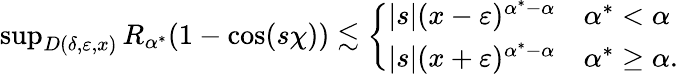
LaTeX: \begin{array}{r}{\operatorname*{sup}_{D(\delta,{\varepsilon},x)}R_{\alpha^{*}}(1-\cos(s\chi))\lesssim\left\{ \begin{array}{ll}{|s|(x-{\varepsilon})^{\alpha^{*}-\alpha}}&{\alpha^{*}<\alpha}\\ {|s|(x+{\varepsilon})^{\alpha^{*}-\alpha}}&{\alpha^{*}\geq\alpha.}\end{array}\right.}\end{array}